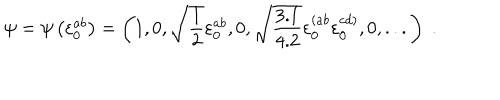
\psi = \psi \left( \varepsilon _ { 0 } ^ { a b } \right) = \left( 1 , 0 , \sqrt { { \frac { 1 } { 2 } } } \varepsilon _ { 0 } ^ { a b } , 0 , \sqrt { { \frac { 3 . 1 } { 4 . 2 } } } \varepsilon _ { 0 } ^ { \left( a b \right. } \varepsilon _ { 0 } ^ { \left. c d \right) } , 0 , . . . \right) \; .